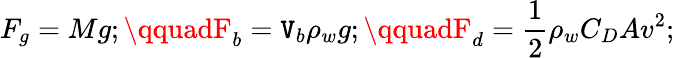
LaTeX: F_{g}=Mg;\qquadF_{b}=\mathtt{V}_{b}\rho_{w}g;\qquadF_{d}=\frac{{1}}{{2}}\rho_{w}C_{D}Av^{2};